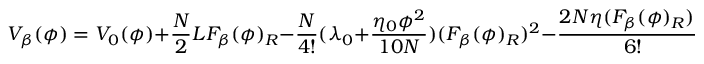
V _ { \beta } ( \phi ) = V _ { 0 } ( \phi ) + \frac { N } { 2 } L F _ { \beta } ( \phi ) _ { R } - \frac { N } { 4 ! } ( \lambda _ { 0 } + \frac { \eta _ { 0 } \phi ^ { 2 } } { 1 0 N } ) ( F _ { \beta } ( \phi ) _ { R } ) ^ { 2 } - \frac { 2 N \eta ( F _ { \beta } ( \phi ) _ { R } ) ^ { 3 } } { 6 ! } .